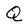
Character: Q